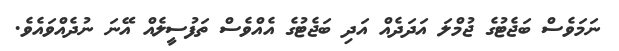
ނަމަވެސް ބަޖެޓުގެ ޖުމްލަ އަދަދެއް އަދި ބަޖެޓުގެ އެއްވެސް ތަފުސީލެއް އޭނަ ނުދެއްވައެވެ.